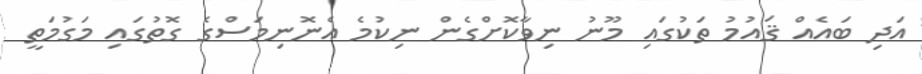
އަދި ބައެއް ޤައުމު ތަކުގައި މޫނު ނިވާކޮށްގެން ނިކުމެ އެނޮނިމަސްގެ ގޮތުގައި މަގުމަތީ